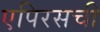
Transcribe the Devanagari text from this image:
एपिरसची